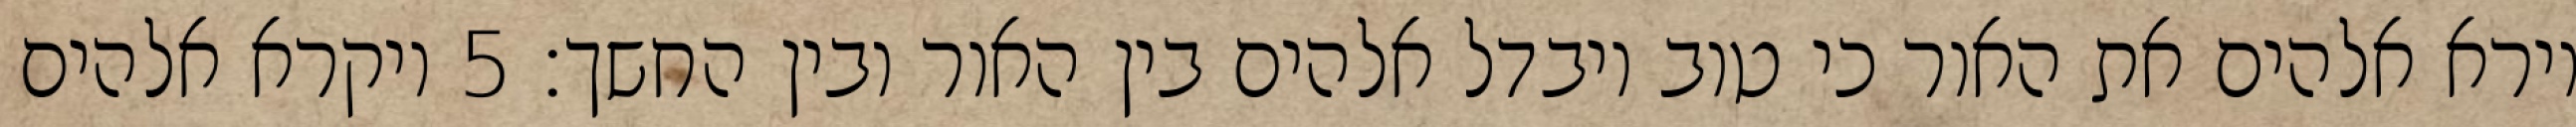
וירא אלהים את האור כי טוב ויבדל אלהים בין האור ובין החשך׃ ‎5‏ ויקרא אלהים